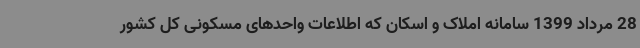
28 مرداد 1399 سامانه املاک و اسکان که اطلاعات واحدهای مسکونی کل کشور